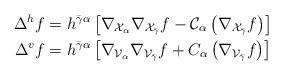
LaTeX: \begin{align*}\Delta^hf &= h^{\bar{\gamma}\alpha}\left[\nabla_{\mathcal{X}_\alpha}\nabla_{\mathcal{X}_{\bar{\gamma}}}f - \mathcal{C}_\alpha\left(\nabla_{\mathcal{X}_{\bar{\gamma}}}f\right)\right]\\\Delta^vf &= h^{\bar{\gamma}\alpha}\left[\nabla_{\mathcal{V}_\alpha}\nabla_{\mathcal{V}_{\bar{\gamma}}}f + C_\alpha\left(\nabla_{\mathcal{V}_{\bar{\gamma}}}f\right)\right]\end{align*}